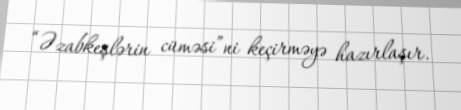
“Əzabkeşlərin cüməsi”ni keçirməyə hazırlaşır.